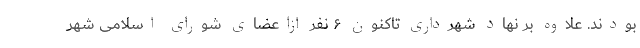
بودند. علاوه بر نهاد شهرداری تاکنون ۶ نفر ازاعضای شورای اسلامی شهر